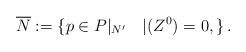
LaTeX: \begin{align*} \overline{N}:=\{p \in P|_{N'} \quad| (Z^0)=0, \}\,.\end{align*}